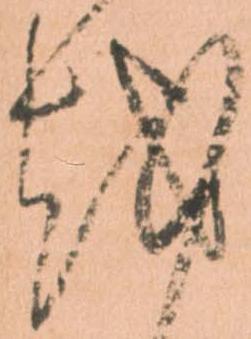
越